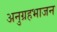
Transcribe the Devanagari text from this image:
अनुग्रहभाजन